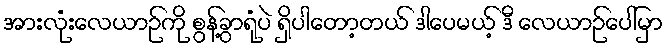
အားလုံးလေယာဉ်ကို စွန့်ခွာရုံပဲ ရှိပါတော့တယ် ဒါပေမယ့် ဒီ လေယာဉ်ပေါ်မှာ